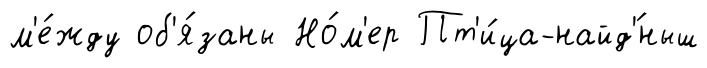
м'е́жду об'я́заны Но́м'ер Пт'и́ца-найд'́ныш